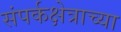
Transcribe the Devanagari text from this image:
संपर्कक्षेत्राच्या